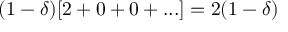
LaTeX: ( 1 - \delta ) [ 2 + 0 + 0 + . . . ] = 2 ( 1 - \delta )